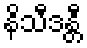
နိသီဒန္တီ